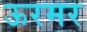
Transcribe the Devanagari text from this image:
ऊरमर